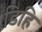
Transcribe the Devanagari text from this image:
डिहि